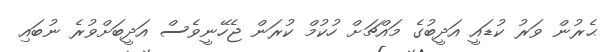
ޙެރުން ވަރު ކުޑައީ އަދީބުގެ މައްޗަށް ހުކުމް ކުރަން ޖެހޭނީވެސް އަދީބަށްވުރެ ނުބައި